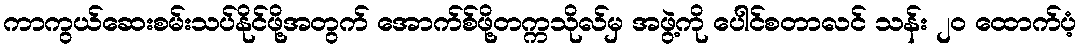
ကာကွယ်ဆေးစမ်းသပ်နိုင်ဖို့အတွက် အောက်စ်ဖို့တက္ကသိုလ်မှ အဖွဲ့ကို ပေါင်စတာလင် သန်း ၂၀ ထောက်ပံ့